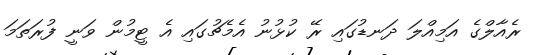
ރެއާލްގެ އަމިއްލަ ދަނޑުގައި ރޭ ކުޅުނު އެމެޗުގައި އެ ޓީމުން ވަނީ ފުރަތަމަ